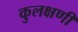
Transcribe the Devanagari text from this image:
कुलक्षणी